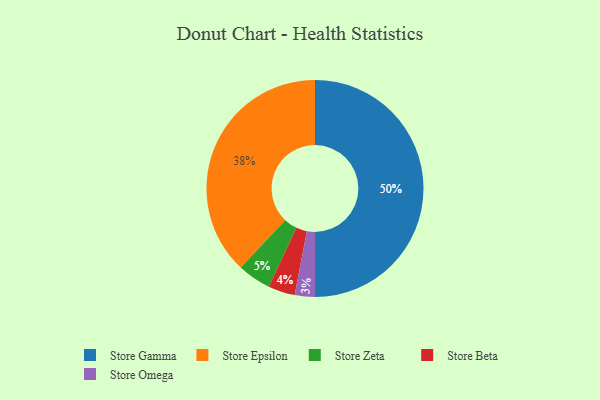
{"axis": {"x": "Category", "y": "Percentage"}, "legend": ["Store Beta", "Store Epsilon", "Store Gamma", "Store Omega", "Store Zeta"], "data": [{"x": "Store Omega", "y": 3, "type": "Store Omega"}, {"x": "Store Beta", "y": 4, "type": "Store Beta"}, {"x": "Store Zeta", "y": 5, "type": "Store Zeta"}, {"x": "Store Epsilon", "y": 38, "type": "Store Epsilon"}, {"x": "Store Gamma", "y": 50, "type": "Store Gamma"}]}